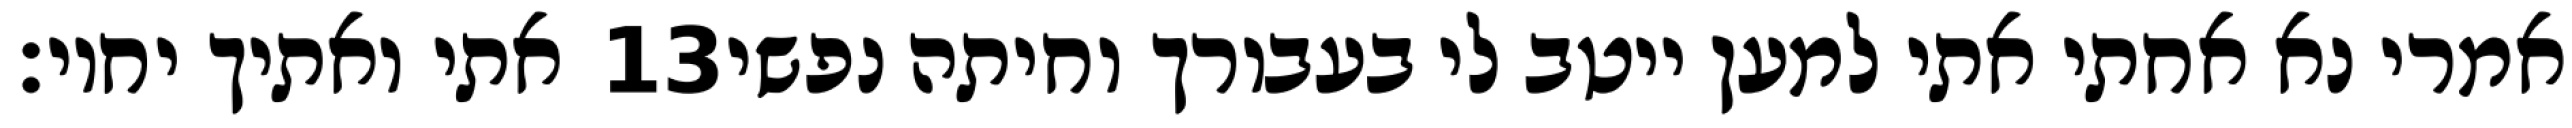
אתי ואתיך יחיו׃ ‎13‏ אמרי נא אחתי אתי למען ייטב לי בעבורך וחיתה נפשי